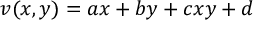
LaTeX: v ( x , y ) = a x + b y + c x y + d